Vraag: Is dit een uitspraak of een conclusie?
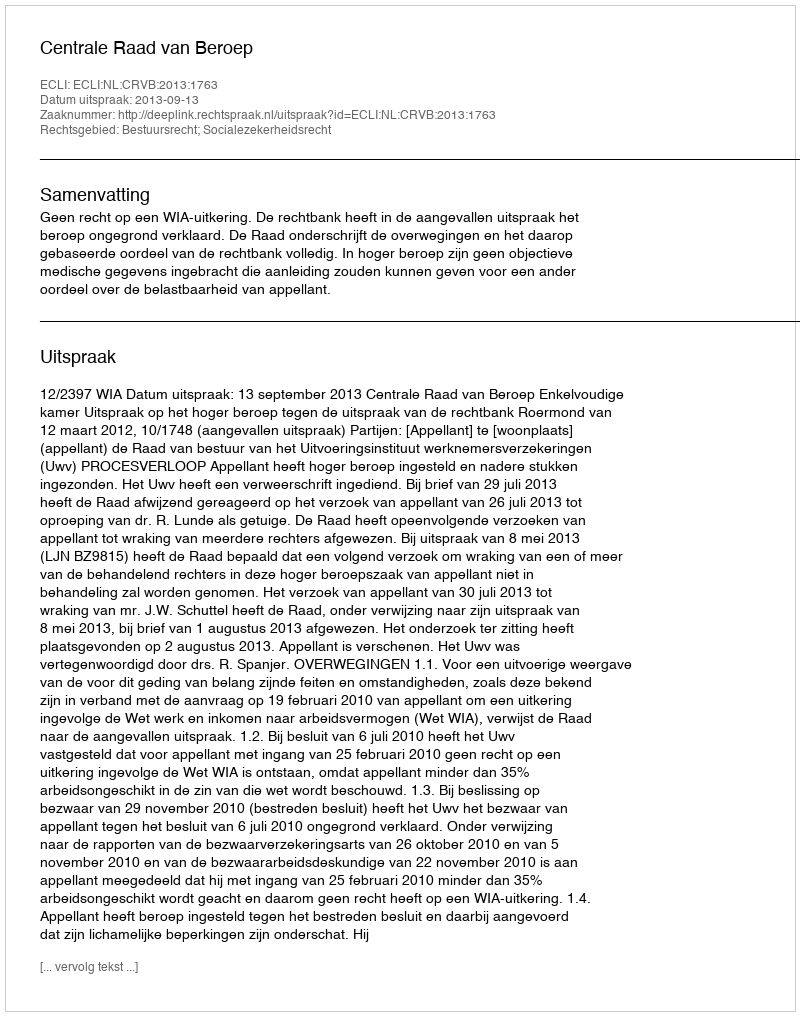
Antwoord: Uitspraak